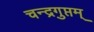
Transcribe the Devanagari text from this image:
चन्द्रगुप्तम्